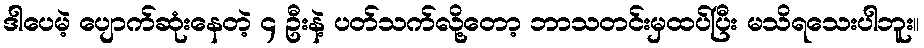
ဒါပေမဲ့ ပျောက်ဆုံးနေတဲ့ ၄ ဦးနဲ့ ပတ်သက်လို့တော့ ဘာသတင်းမှထပ်ပြီး မသိရသေးပါဘူး။